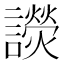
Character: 𧭓